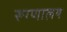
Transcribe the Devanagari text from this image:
रूग्‍णालय